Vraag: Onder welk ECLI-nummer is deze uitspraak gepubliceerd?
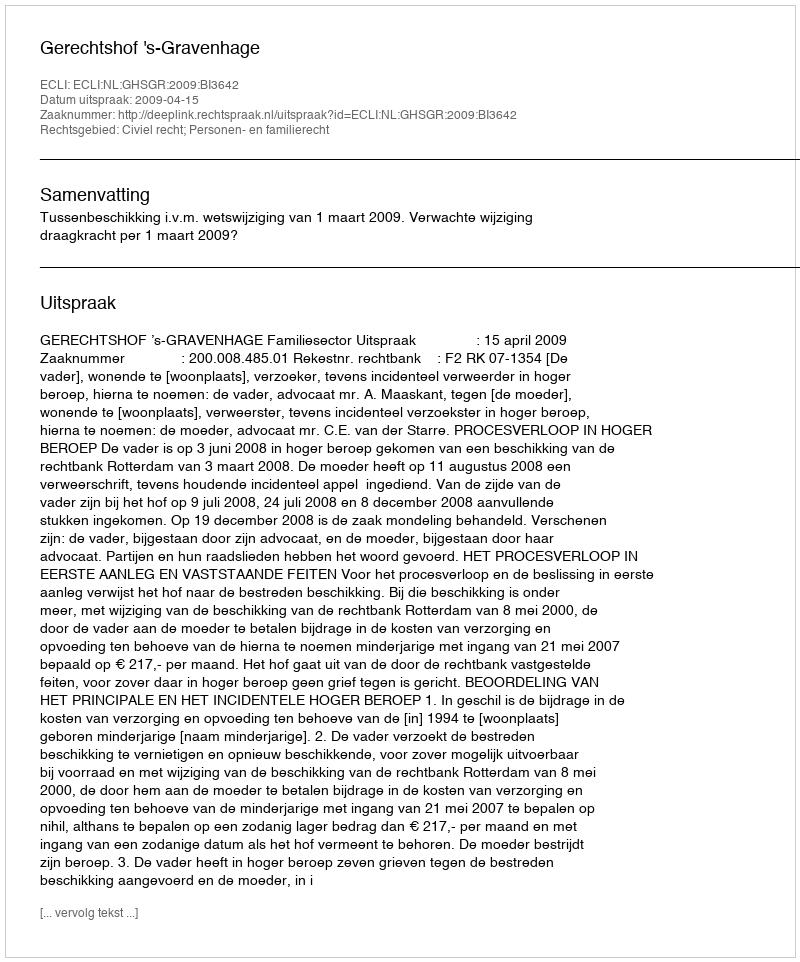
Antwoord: ECLI:NL:GHSGR:2009:BI3642